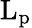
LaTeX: \mathrm{L}_{\mathrm{p}}